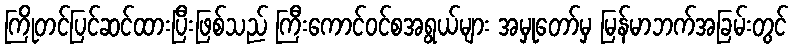
ကြိုတင်ပြင်ဆင်ထားပြီးဖြစ်သည် ကြီးကောင်ဝင်စအရွယ်များ အမှုတော်မှ မြန်မာဘက်အခြမ်းတွင်